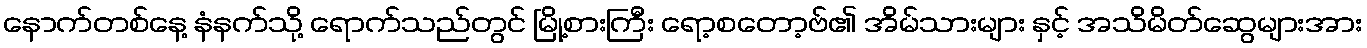
နောက်တစ်နေ့ နံနက်သို့ ရောက်သည်တွင် မြို့စားကြီး ရော့စတော့ဗ်၏ အိမ်သားများ နှင့် အသိမိတ်ဆွေများအား